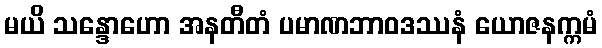
မယိ သန္ဒောဟော အနတီတံ ပမာဏဘာဝဒဿနံ ယောဇနက္ကမံ